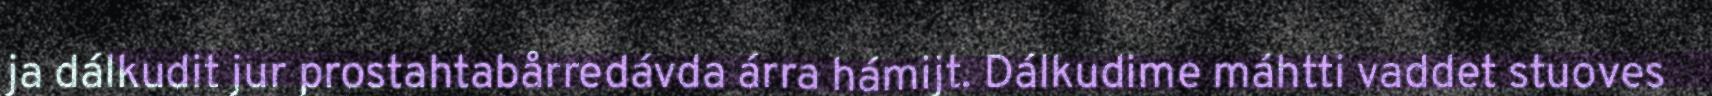
ja dálkudit jur prostahtabårredávda árra hámijt. Dálkudime máhtti vaddet stuoves